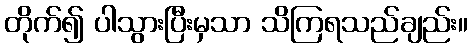
တိုက်၍ ပါသွားပြီးမှသာ သိကြရသည်ချည်း။